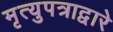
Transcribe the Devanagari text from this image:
मृत्युपत्राद्वारे